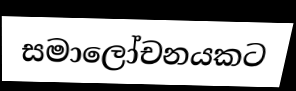
සමාලෝචනයකට